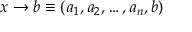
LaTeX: x \rightarrow b \equiv ( a _ { 1 } , a _ { 2 } , \ldots , a _ { n } , b )